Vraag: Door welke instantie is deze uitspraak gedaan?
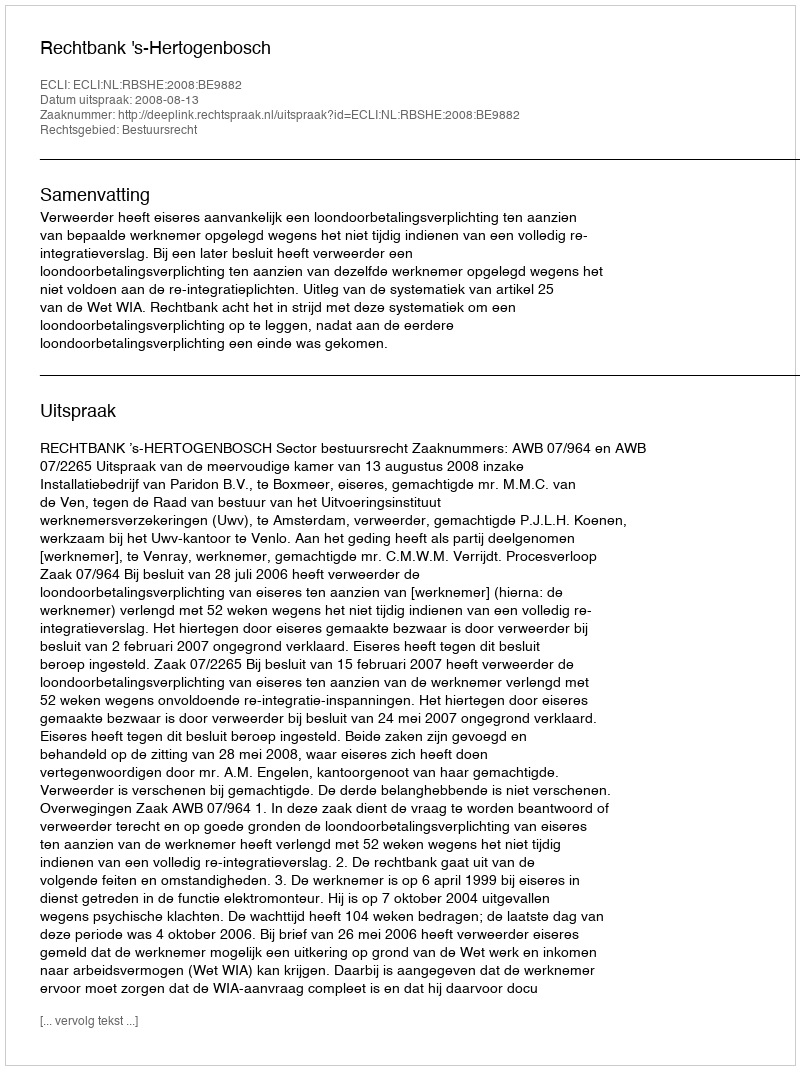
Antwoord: Rechtbank 's-Hertogenbosch